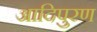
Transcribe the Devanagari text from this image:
आदिपुरण